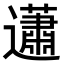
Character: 𧅣